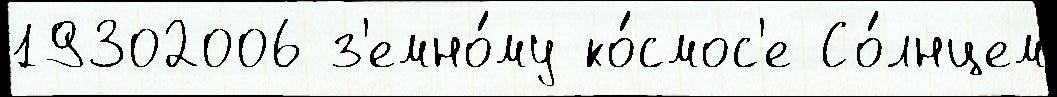
19302006 з'емно́му ко́смос'е Со́лнцем